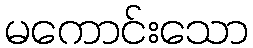
မကောင်းသော